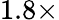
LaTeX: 1.8\times